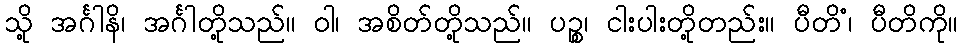
သို့ အင်္ဂါနိ၊ အင်္ဂါတို့သည်။ ဝါ၊ အစိတ်တို့သည်။ ပဉ္စ၊ ငါးပါးတို့တည်း။ ပီတိံ၊ ပီတိကို။